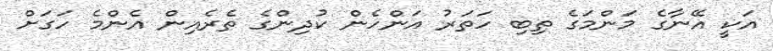
އަކީ އޭނާގެ މަންމަގެ ތިބި ހަތަރު އަންހެން ކުދިންގެ ތެރެއިން އެންމެ ހަގަށް